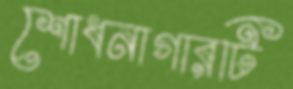
শোধনাগারটি